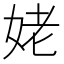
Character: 姥